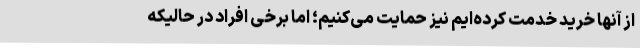
از آنها خرید خدمت کرده‌ایم نیز حمایت می‌کنیم؛ اما برخی افراد در حالیکه